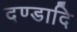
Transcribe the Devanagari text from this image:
दण्डादि